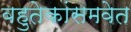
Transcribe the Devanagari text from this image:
बहुतेकांसमवेत